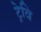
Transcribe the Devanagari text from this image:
ट्रेवि